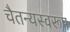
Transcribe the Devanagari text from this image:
चैतन्यस्वरूप